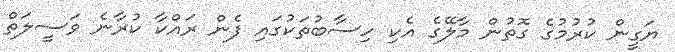
ޔަގީން ކުރުމުގެ ގޮތުން މާލޭގެ އެކި ހިސާބުތަކުގައި ފެން ރައްކާ ކުރާނެ ވަސީލަތް